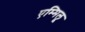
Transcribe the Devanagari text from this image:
एम्मिलू